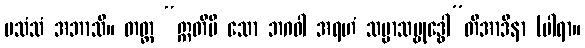
ပသံသံ အဘာသိ။ တတ္ထ “ဣတိပိ သော ဘဂဝါ အရဟံ သမ္မာသမ္ဗုဒ္ဓေါ”တိအာဒိနာ (ပါရာ။